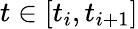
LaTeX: t\in[t_{i},t_{i+1}]